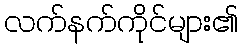
လက်နက်ကိုင်များ၏